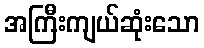
အကြီးကျယ်ဆုံးသော